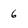
Character: 6